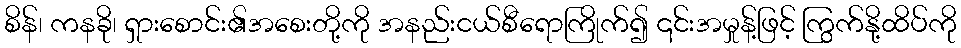
စိန်၊ ကနခို၊ ရှားစောင်း၏အစေးတို့ကို အနည်းငယ်စီရောကြိုက်၍ ၎င်းအမှုန့်ဖြင့် ကြွက်နို့ထိပ်ကို